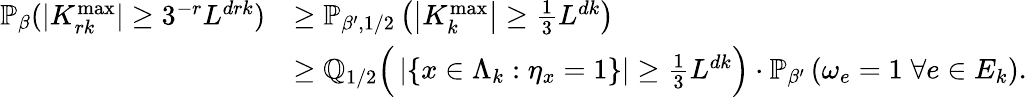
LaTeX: \begin{array}{rl}{\mathbb{P}_{\beta}(\lvert K_{rk}^{\mathrm{max}}\rvert\geq 3^{-r}L^{drk})}&{\geq\mathbb{P}_{\beta^{\prime},1/2}\left(\left|K_{k}^{\mathrm{max}}\right|\geq\frac{1}{3}L^{dk}\right)}\\ &{\geq\mathbb Q_{1/2}\Big(\left\lvert\{ x\in\Lambda_{k}:\eta_{x}=1\} \right\rvert\geq\frac{1}{3}L^{dk}\Big)\cdot\mathbb{P}_{\beta^{\prime}}\left(\omega_{e}=1\; \forall e\in E_{k}\right).}\end{array}